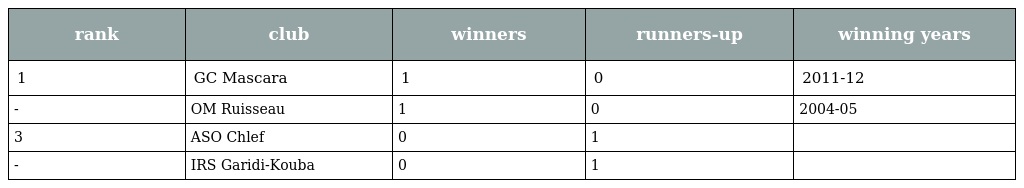
| rank | club | winners | runners-up | winning years |
 | --- | --- | --- | --- | --- |
 | 1 | GC Mascara | 1 | 0 | 2011-12 |
 | - | OM Ruisseau | 1 | 0 | 2004-05 |
 | 3 | ASO Chlef | 0 | 1 |  |
 | - | IRS Garidi-Kouba | 0 | 1 |  |